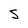
Character: S